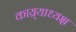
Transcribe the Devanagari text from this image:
काय्र्याध्यक्ष